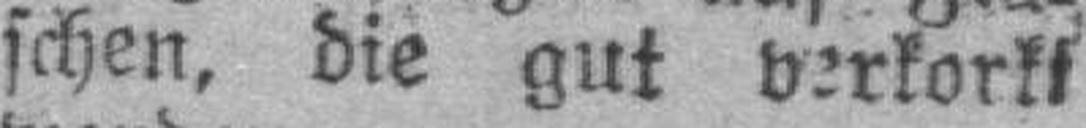
schen, die gut verkorkt